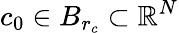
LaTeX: c_{0}\in B_{r_{c}}\subset\mathbb{R}^{N}